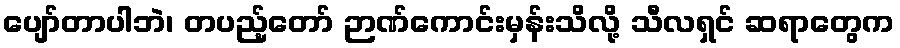
ပျော်တာပါဘဲ၊ တပည့်တော် ဉာဏ်ကောင်းမှန်းသိလို့ သီလရှင် ဆရာတွေက